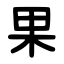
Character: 果